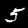
Digit: 5